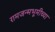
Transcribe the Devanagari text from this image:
रामजन्मभूमीच्या